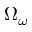
\Omega _ { \omega }